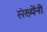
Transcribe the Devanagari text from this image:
संख्येंनी